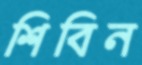
শিবিন